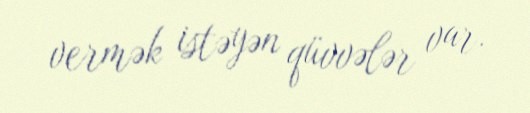
vermək istəyən qüvvələr var.